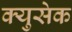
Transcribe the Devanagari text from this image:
क्युसेक